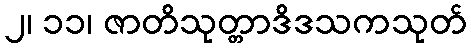
၂၊ ၁၁၊ ဇာတိသုတ္တာဒိဒသကသုတ်